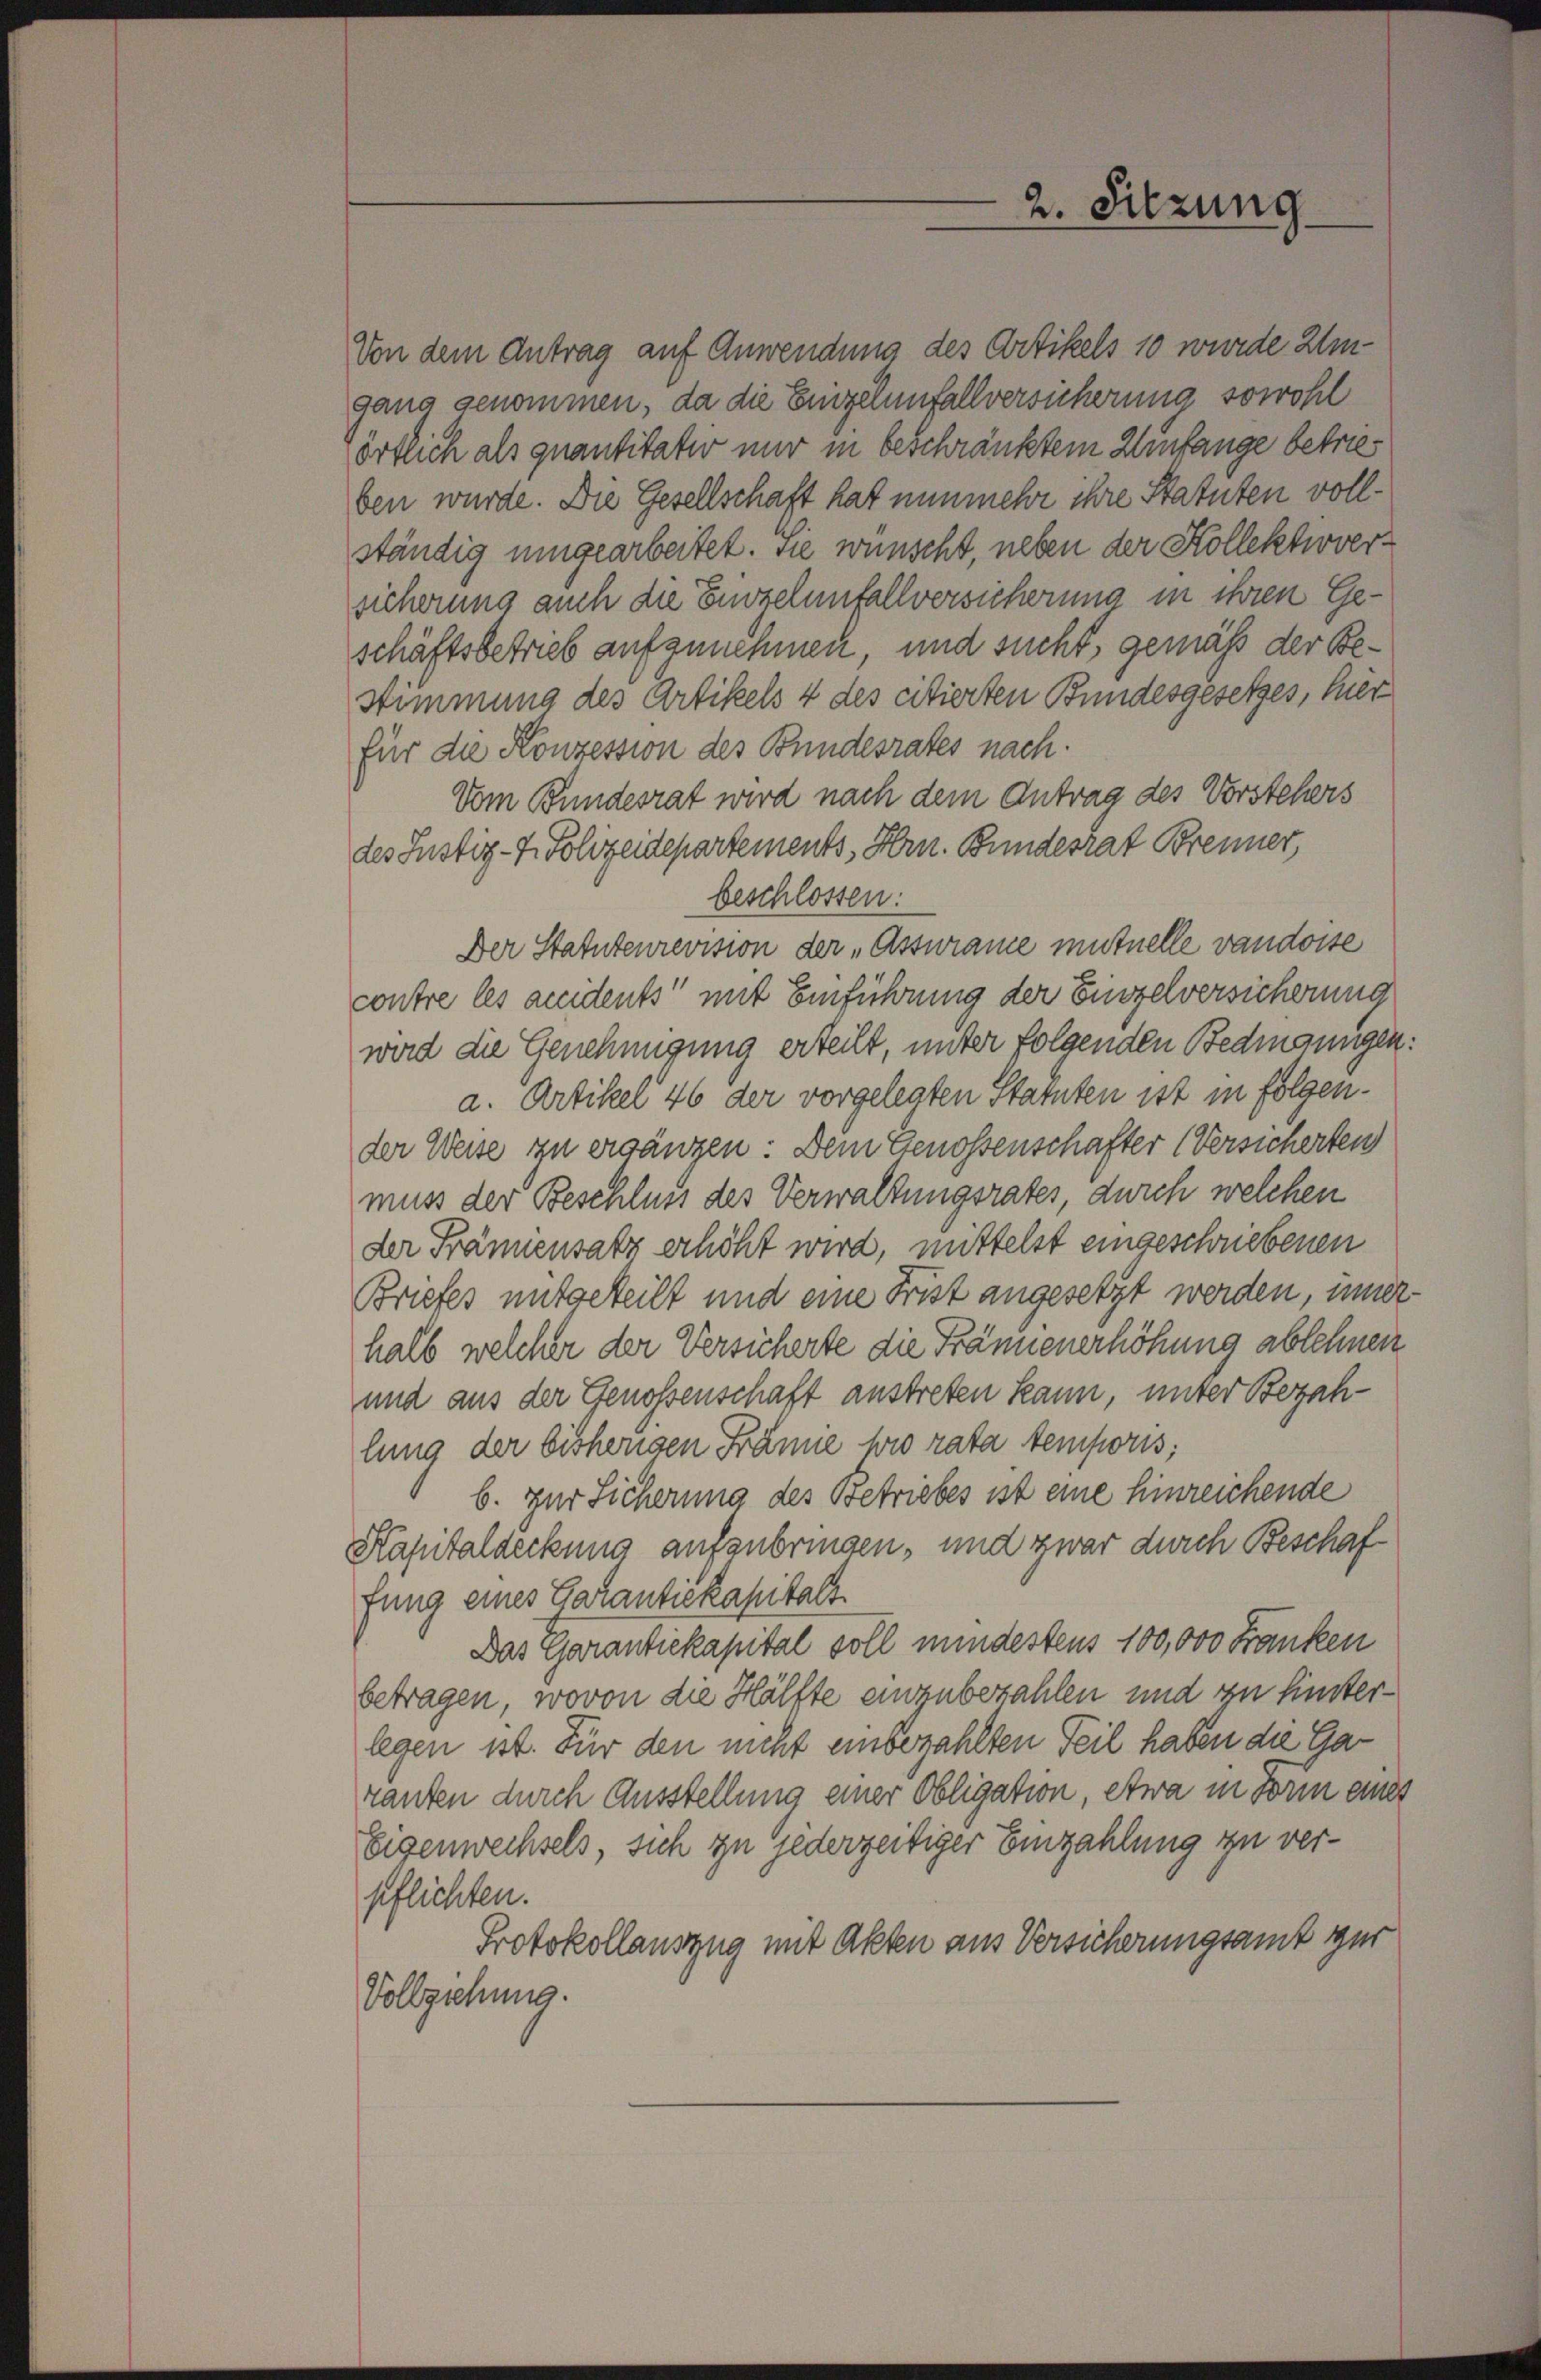
Von dem Antrag auf Anwendung des Artikels 10 wurde Umgang genommen, da die Einzelnenfallversicherung sowohl
zörtlich als quantitater nur in beschränktem Umfange betrieben wurde. Die Gesellschaft hat nunmehr ihre Statuten vollständig umgearbeitet. Sie wünscht, neben der Kollektivversicherung auch die Eurzelunfallversicherung in ihren Geschäftsbetrieb aufzunehmen und sucht, gemäß der Be¬
Stimmung des Artikels 4 des citierten Bundesgesetzes, her
für die Konzession des Bundesrates nach.
Vom Bundesrat wird nach dem Antrag des Vorstehers
des Justiz- & Polizeidepartements, Hrn. Bundesrat Brenner,
beschlossen:
Der Statutenrevision der „Assurame mutuelle vaudoise
contre les accidents mit Einführung der Einzelversicherung
wird die Genehmigung erteilt, unter folgenden Bedingungen:
a. Artiker 46 der vorgelegten Statuten ist in folgender Weise zu ergänzen: Dem Genossenschafter (Versicherten
muss der Beschluss des Verwaltungsrates, durch welchen
der Främiensatz erhöht wird, mittelst eingeschriebenen
Briefes mitgeteilt und eine Frist angesetzt werden, innerhalb welcher der Versicherte die Frännenerhöhung ablehnen
und aus der Genossenschaft austreten kann, unter Bezahlung der bisherigen Fränne wie rata temporis;
b. zur Sicherung des Betriebes ist eine hinreichende
Kapitaldeckung aufenbringen, und zwar durch Beschaf
fung eines Garantiskapitalt
Das Garantiekapital soll mindestens 100,000 Franken
betragen, wovon die Hälfte einzubezahlen und zu hinsterlegen ist. Für den nicht einbezahlten Teil haben die Garanten durch Ausstellung einer Obligation, etwa in Born eines
Eigenwechsels, sich zu jederzeitiger Einzahlung zu verpflichten.
Protokollauszug mit Akten aus Versicherungsamt zur
Vollziehung.

2. Sitzung